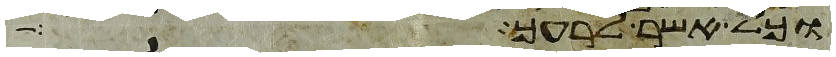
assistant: וכל אשר לרעך